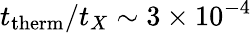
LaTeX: t_{\mathrm{therm}}/t_{X}\sim 3\times 10^{-4}